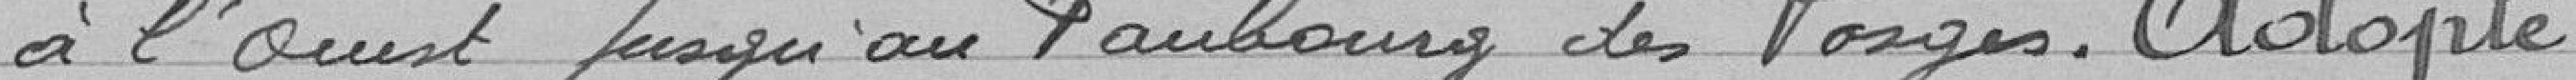
à l'ouest jusqu'au Faubourg des Vosges. Adopté.